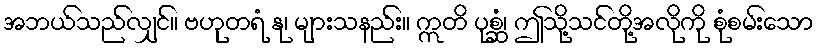
အဘယ်သည်လျှင်။ ဗဟုတရံ နု၊ များသနည်း။ ဣတိ ပုစ္ဆံ၊ ဤသို့သင်တို့အလိုကို စုံစမ်းသော